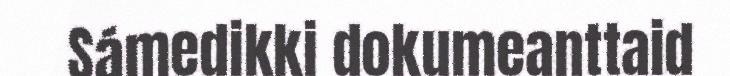
Sámedikki dokumeanttaid